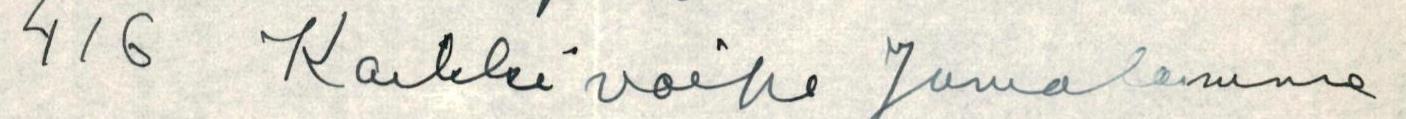
416 Kaikkivoipa Jumalamme